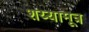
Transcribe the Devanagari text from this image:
शय्यामूत्र